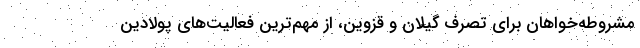
مشروطه‌خواهان برای تصرف گیلان و قزوین، از مهم‌ترین فعالیت‌های پولادین